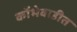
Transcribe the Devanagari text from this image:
कोंभेवाडीत